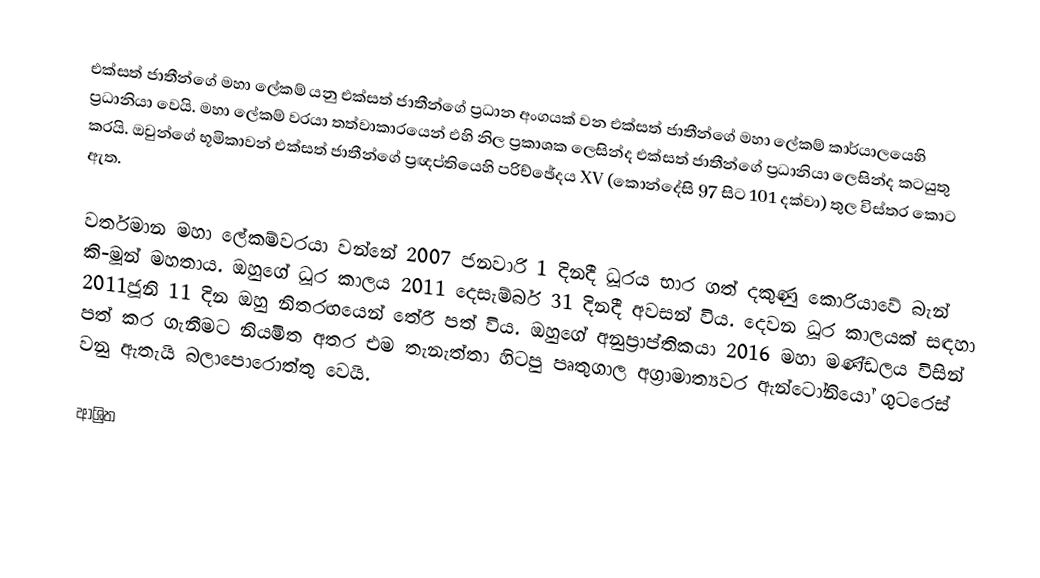
එක්සත් ජාතීන්ගේ මහා ලේකම් යනු එක්සත් ජාතීන්ගේ ප්‍රධාන අංගයක් වන එක්සත් ජාතීන්ගේ මහා ලේකම් කාර්යාලයෙහි ප්‍රධානියා වෙයි. මහා ලේකම් වරයා තත්වාකාරයෙන් එහි නිල ප්‍රකාශක ලෙසින්ද එක්සත් ජාතීන්ගේ ප්‍රධානියා ලෙසින්ද කටයුතු කරයි. ඔවුන්ගේ භූමිකාවන් එක්සත් ජාතීන්ගේ ප්‍රඥප්තියෙහි පරිච්ඡේදය XV (කොන්දේසි 97 සිට 101 දක්වා) තුල විස්තර කොට ඇත.

වර්තමාන මහා ලේකම්වරයා වන්නේ  2007 ජනවාරි 1 දිනදී ධූරය භාර ගත් දකුණු කොරියාවේ බැන් කි-මූන් මහතාය. ඔහුගේ ධූර කාලය  2011 දෙසැම්බර් 31 දිනදී අවසන් විය. දෙවන ධූර කාලයක් සඳහා  2011ජූනි 11 දින ඔහු නිතරඟයෙන් තේරී පත් විය.  ඔහුගේ අනුප්‍රාප්තිකයා   2016 මහා මණ්ඩලය විසින් පත් කර ගැනීමට නියමිත අතර එම තැනැත්තා   හිටපු පෘතුගාල අග්‍රාමාත්‍යවර ඇන්ටෝනියෝ ගුටරෙස් වනු ඇතැයි බලාපොරොත්තු වෙයි.

ආශ්‍රිත